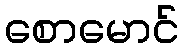
စောမောင်